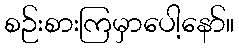
စဉ်းစားကြမှာပေါ့နော်။